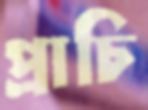
প্রাচি